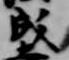
成